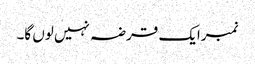
نمبرایک قرضہ نہیں لوں گا۔